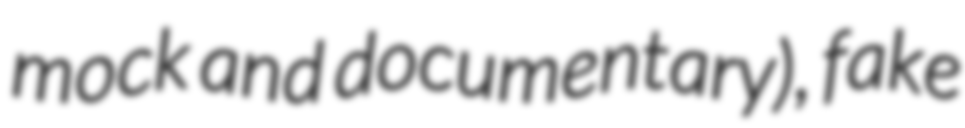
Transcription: mock and documentary), fake